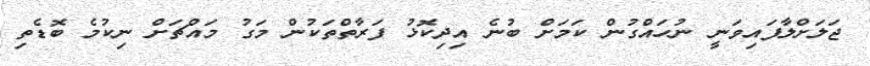
ޖަލަށްލާފައިވަނީ ނުހައްގުން ކަމަށް ބުނެ އިދިކޮޅު ފަރާތްތަކުން މަގު މައްޗަށް ނިކުމެ ބޮޑެތި